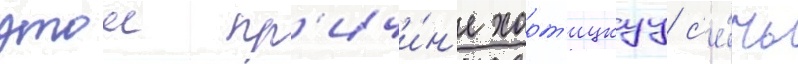
этои пр'ичи́н'е хорт'ицкуу с'е́чь